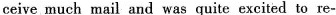
ceive much mail and was quite excited to re-